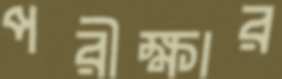
পরীক্ষার